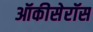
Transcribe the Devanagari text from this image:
ऑकीसेरॉस